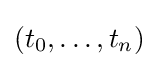
(t_{0},\dots ,t_{n})